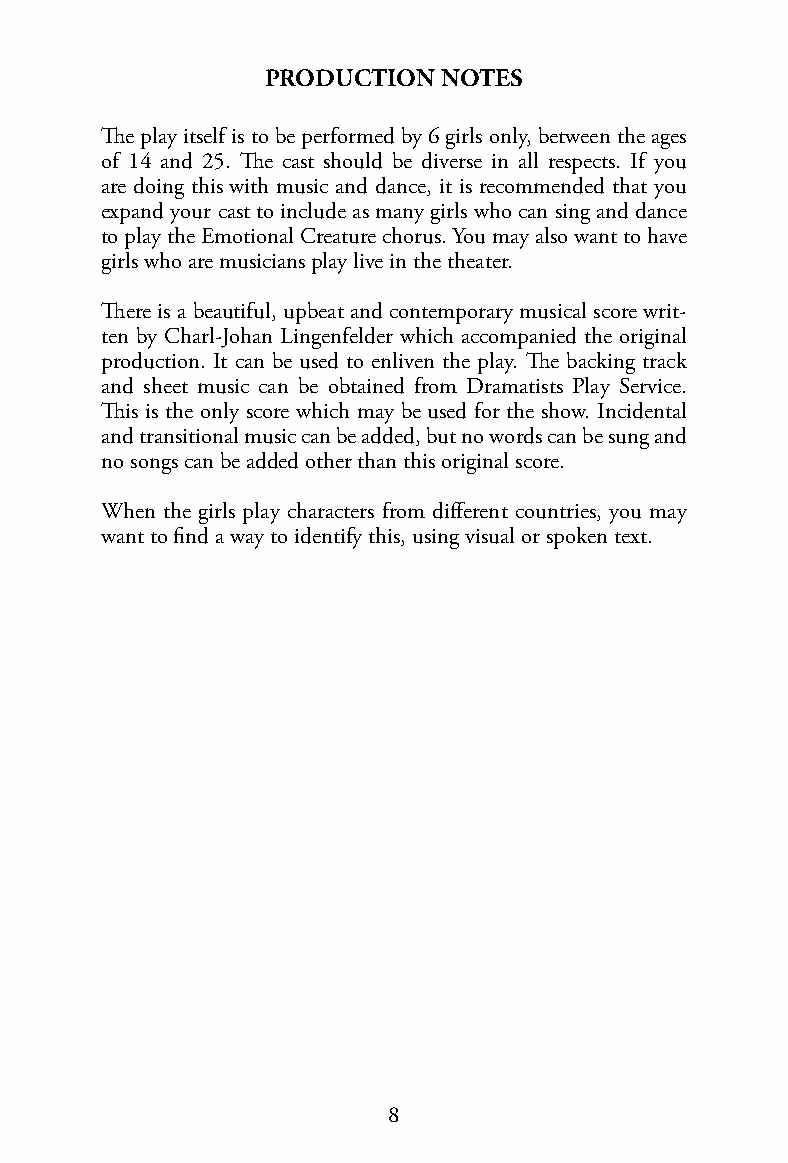
PRODUCTION NOTES
 The play itself is to be performed by 6 girls only, between the ages
 of 14 and 25. The cast should be diverse in all respects. If you
 are doing this with music and dance, it is recommended that you
 expand your cast to include as many girls who can sing and dance
 to play the Emotional Creature chorus. You may also want to have
 girls who are musicians play live in the theater.
 There is a beautiful, upbeat and contemporary musical score writ-
 ten by Charl-Johan Lingenfelder which accompanied the original
 production. It can be used to enliven the play. The backing track
 and sheet music can be obtained from Dramatists Play Service.
 This is the only score which may be used for the show. Incidental
 and transitional music can be added, but no words can be sung and
 no songs can be added other than this original score.
 When the girls play characters from different countries, you may
 want to find a way to identify this, using visual or spoken text.
 8